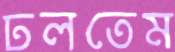
ঢলতেম